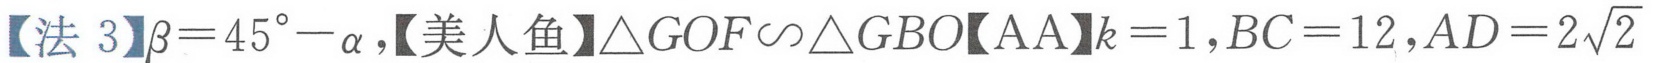
【法 \(3\)】\(\beta = 45^{\circ}-\alpha\)，【美人鱼】\(\triangle GOF\sim\triangle GBO\)【\(AA\)】\(k = 1\)，\(BC = 12\)，\(AD = 2\sqrt{2}\)